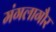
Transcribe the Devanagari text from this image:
मंगलागौर